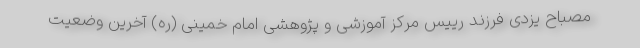
مصباح یزدی فرزند رییس مرکز آموزشی و پژوهشی امام خمینی (ره) آخرین وضعیت